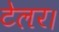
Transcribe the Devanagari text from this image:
टेलर।